Vital statistics of India. Vol. V, Reports of 1876 on armies & jails and on epidemic cholera
Year: 1876
Disease focus: Cholera
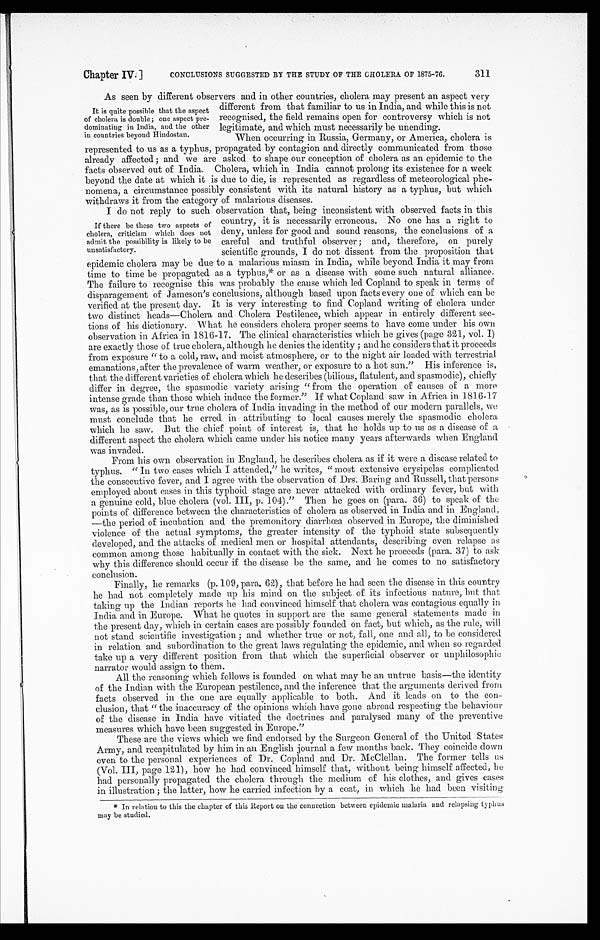
Chapter IV.]
CONCLUSIONS SUGGESTED BY THE STUDY OF THE CHOLERA OF 1875-76.
311
As seen by different observers and in other countries, cholera may present an aspect very
different from that familiar to us in India, and while this is not
recognised, the field remains open for controversy which is not
legitimate, and which must necessarily be unending.
When occurring in Russia, Germany, or America, cholera is
represented to us as a typhus, propagated by contagion and directly communicated from those
already affected; and we are asked to shape our conception of cholera as an epidemic to the
facts observed out of India. Cholera, which in India cannot prolong its existence for a week
beyond the date at which it is due to die, is represented as regardless of meteorological phe
-nomena, a circumstance possibly consistent with its natural history as a typhus, but which.
withdraws it from the category of malarious diseases.
I do not reply to such observation that, being inconsistent with observed facts in this
country, it is necessarily erroneous. No one has a right to
deny, unless for good and sound reasons, the conclusions of a
careful and truthful observer; and, therefore, on purely
scientific grounds, I do not dissent from the proposition that
epidemic cholera may be due to a malarious miasm in India, while beyond India it may from
time to time be propagated as a typhus,* or as a disease with some such natural alliance.
The failure to recognise this was probably the cause which led Copland to speak in terms of
disparagement of Jameson's conclusions, although based upon facts every one of which can be
verified at the present day. It is very interesting to find Copland writing of cholera under
two distinct heads—Cholera and Cholera Pestilence, which appear in entirely different sec
- t i o n s o f h i s d i c t i o n a r y . W h a t h e c o n s i d e r s c h o l e r a p r o p e r s e e m s t o h a v e c o m e u n d e r h i s o w n
observation in Africa in 1816-17 The clinical characteristics which he gives (page 321, vol. I)
are exactly those of true cholera, although he denies the identity; and he considers that it proceeds
from exposure "to a cold, raw, and moist atmosphere, or to the night air loaded with terrestrial
emanations, after the prevalence of warm weather, or exposure to a hot sun." His inference is,
that the different varieties of cholera which he describes (bilious, flatulent, and spasmodic), chiefly
differ in degree, the spasmodic variety arising "from the operation of causes of a more
intense grade than those which induce the former." If what Copland saw in Africa in 1816-17
was, as is possible, our true cholera of India invading, in the method of our modern parallels, we
must conclude that he erred in attributing to local causes merely the spasmodic cholera
which he saw. But the chief point of interest is, that he holds up to us as a disease of a
different aspect the cholera which came under his notice many years afterwards when England
was invaded.
From his own observation in England, he describes cholera as if it were a disease related to
typhus. "In two cases which I attended," be writes, "most extensive erysipelas complicated
the consecutive fever, and I agree with the observation of Drs. Baring and Russell, that persons
employed about cases in this typhoid stage are never attacked with ordinary fever, but with
a genuine cold, blue cholera (vol. III, p. 104)." Then be goes on (para. 36) to speak of the
points of difference between the characteristics of cholera as observed in India and in England,
—the period of incubation and the premonitory diarrhœa observed in Europe, the diminished
violence of the actual symptoms, the greater intensity of the typhoid state subsequently
developed, and the attacks of medical men or hospital attendants, describing even relapse as
common among those habitually in contact with the sick. Next he proceeds (para. 37) to ask
why this difference should occur if the disease be the same, and he comes to no satisfactory
conclusion.
Finally, he remarks (p. 109, para. 62), that before he had seen the disease in this country
he had not completely made up his mind on the subject of its infectious nature, but that
taking up the Indian reports he had convinced himself that cholera was contagious equally in
India and in Europe. What he quotes in support are the same general statements made in
the present day, which in certain cases are possibly founded on fact, but which, as the rule, will
not stand scientific investigation; and whether true or not, fall, one and all, to be considered
in relation and subordination to the great laws regulating the epidemic, and when so regarded
take up a very different position from that which the superficial observer or unphilosophic
narrator would assign to them.
All the reasoning which follows is founded on what may be an untrue basis—the identity
of the Indian with the European pestilence, and the inference that time arguments derived from
facts observed in the one are equally applicable to both. And it leads on to the con
- c l u s i o n , t h a t " t h e i n a c c u r a c y o f t h e o p i n i o n s w h i c h h a v e g o n e a b r o a d r e s p e c t i n g t h e b e h a v i o u r
of the disease in India have vitiated the doctrines and paralysed many of the preventive
measures which have been suggested in Europe."
These are the views which we find endorsed by the Surgeon General of the United States
Army, and recapitulated by him in an English journal a few months back. They coincide down
even to the personal experiences of Dr. Copland and Dr. McClellan. The former tells us
(Vol. III, page 121), how he had convinced himself that, without being himself affected, he
had personally propagated the cholera through the medium of his clothes, and gives cases
in illustration; the latter, how he carried infection by a coat, in which he had been visiting
It is quite possible that the aspect
of cholera is double; one aspect pre
- d o m i n a t i n g i n I n d i a , a n d t h e o t h e r
in countries beyond Hindostan.
If there be these two aspects of
cholera, criticism which does not
admit the possibility is likely to be
unsatisfactory.
* In relation to this the chapter of this Report on the connection between epidemic malaria and relapsing typhus
may be studied.